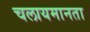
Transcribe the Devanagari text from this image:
चलायमानता